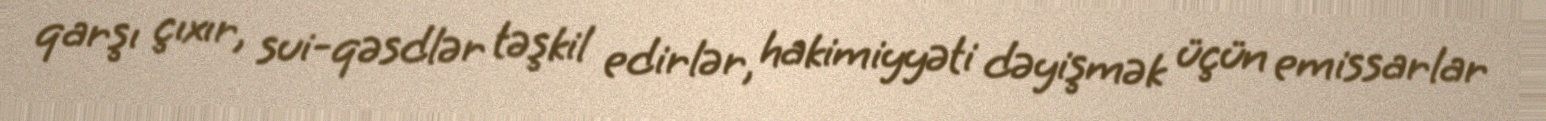
qarşı çıxır, sui-qəsdlər təşkil edirlər, hakimiyyəti dəyişmək üçün emissarlar